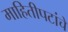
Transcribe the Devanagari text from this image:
माहितीपटांचे